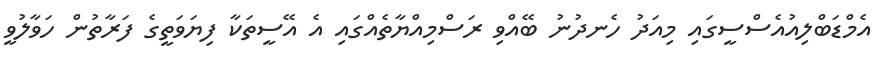
އެމްޑަބްލިއުއެސްސީގައި މިއަދު ހެނދުނު ބޭއްވި ރަސްމިއްޔާތެއްގައި އެ އޭސީތަކާ ފިޔަވަތީގެ ފަރާތުން ހަވާލުވީ